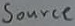
Text: Source